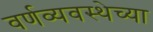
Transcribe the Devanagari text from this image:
वर्णव्यवस्थेच्या